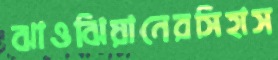
ঝাওঝিয়ানেরসিহাস